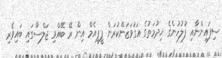
ސިފައިންނާއި ފުލުހުންގެ ޚިދުމަތުގެ އަގުވަޒަންކުރަން ޕީޕީއެމް އިން ރޭ ބޭއްވި ޖަލްސާގައި ބައިވެރި